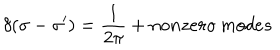
LaTeX: \delta ( \sigma - \sigma ^ { \prime } ) = \frac { 1 } { 2 \pi } + n o n z e r o \: m o d e s